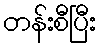
တန်းစီပြီး